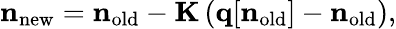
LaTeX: {\mathbf n}_{\mathrm{new}}={\mathbf n}_{\mathrm{old}}-{\mathbf K}\left({\mathbf q}[{\mathbf n}_{\mathrm{old}}]-{\mathbf n}_{\mathrm{old}}\right),